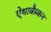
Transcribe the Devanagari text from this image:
ऐथाबैस्कन